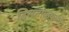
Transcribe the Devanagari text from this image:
दिसताक्षणी